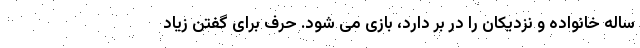
ساله خانواده و نزدیکان را در بر دارد، بازی می شود. حرف برای گفتن زیاد